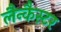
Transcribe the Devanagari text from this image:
लैन्कैस्टर